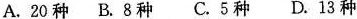
A.20种 B.8种 C.5种 D.13种